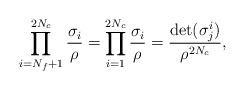
\begin{align*}\prod_{i=N_f+1}^{2N_c}\frac{\sigma_i}{\rho} =\prod_{i=1}^{2N_c}\frac{\sigma_i}{\rho} =\frac{\det (\sigma^i_j)}{\rho^{2N_c}},\end{align*}